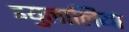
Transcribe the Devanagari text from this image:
इयुलालिया